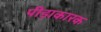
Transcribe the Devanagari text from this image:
पीड़ाकारक